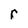
Character: r